65_HS1-834228961_62-HQ-83894_Section_10
Agency: FBI
Page 132
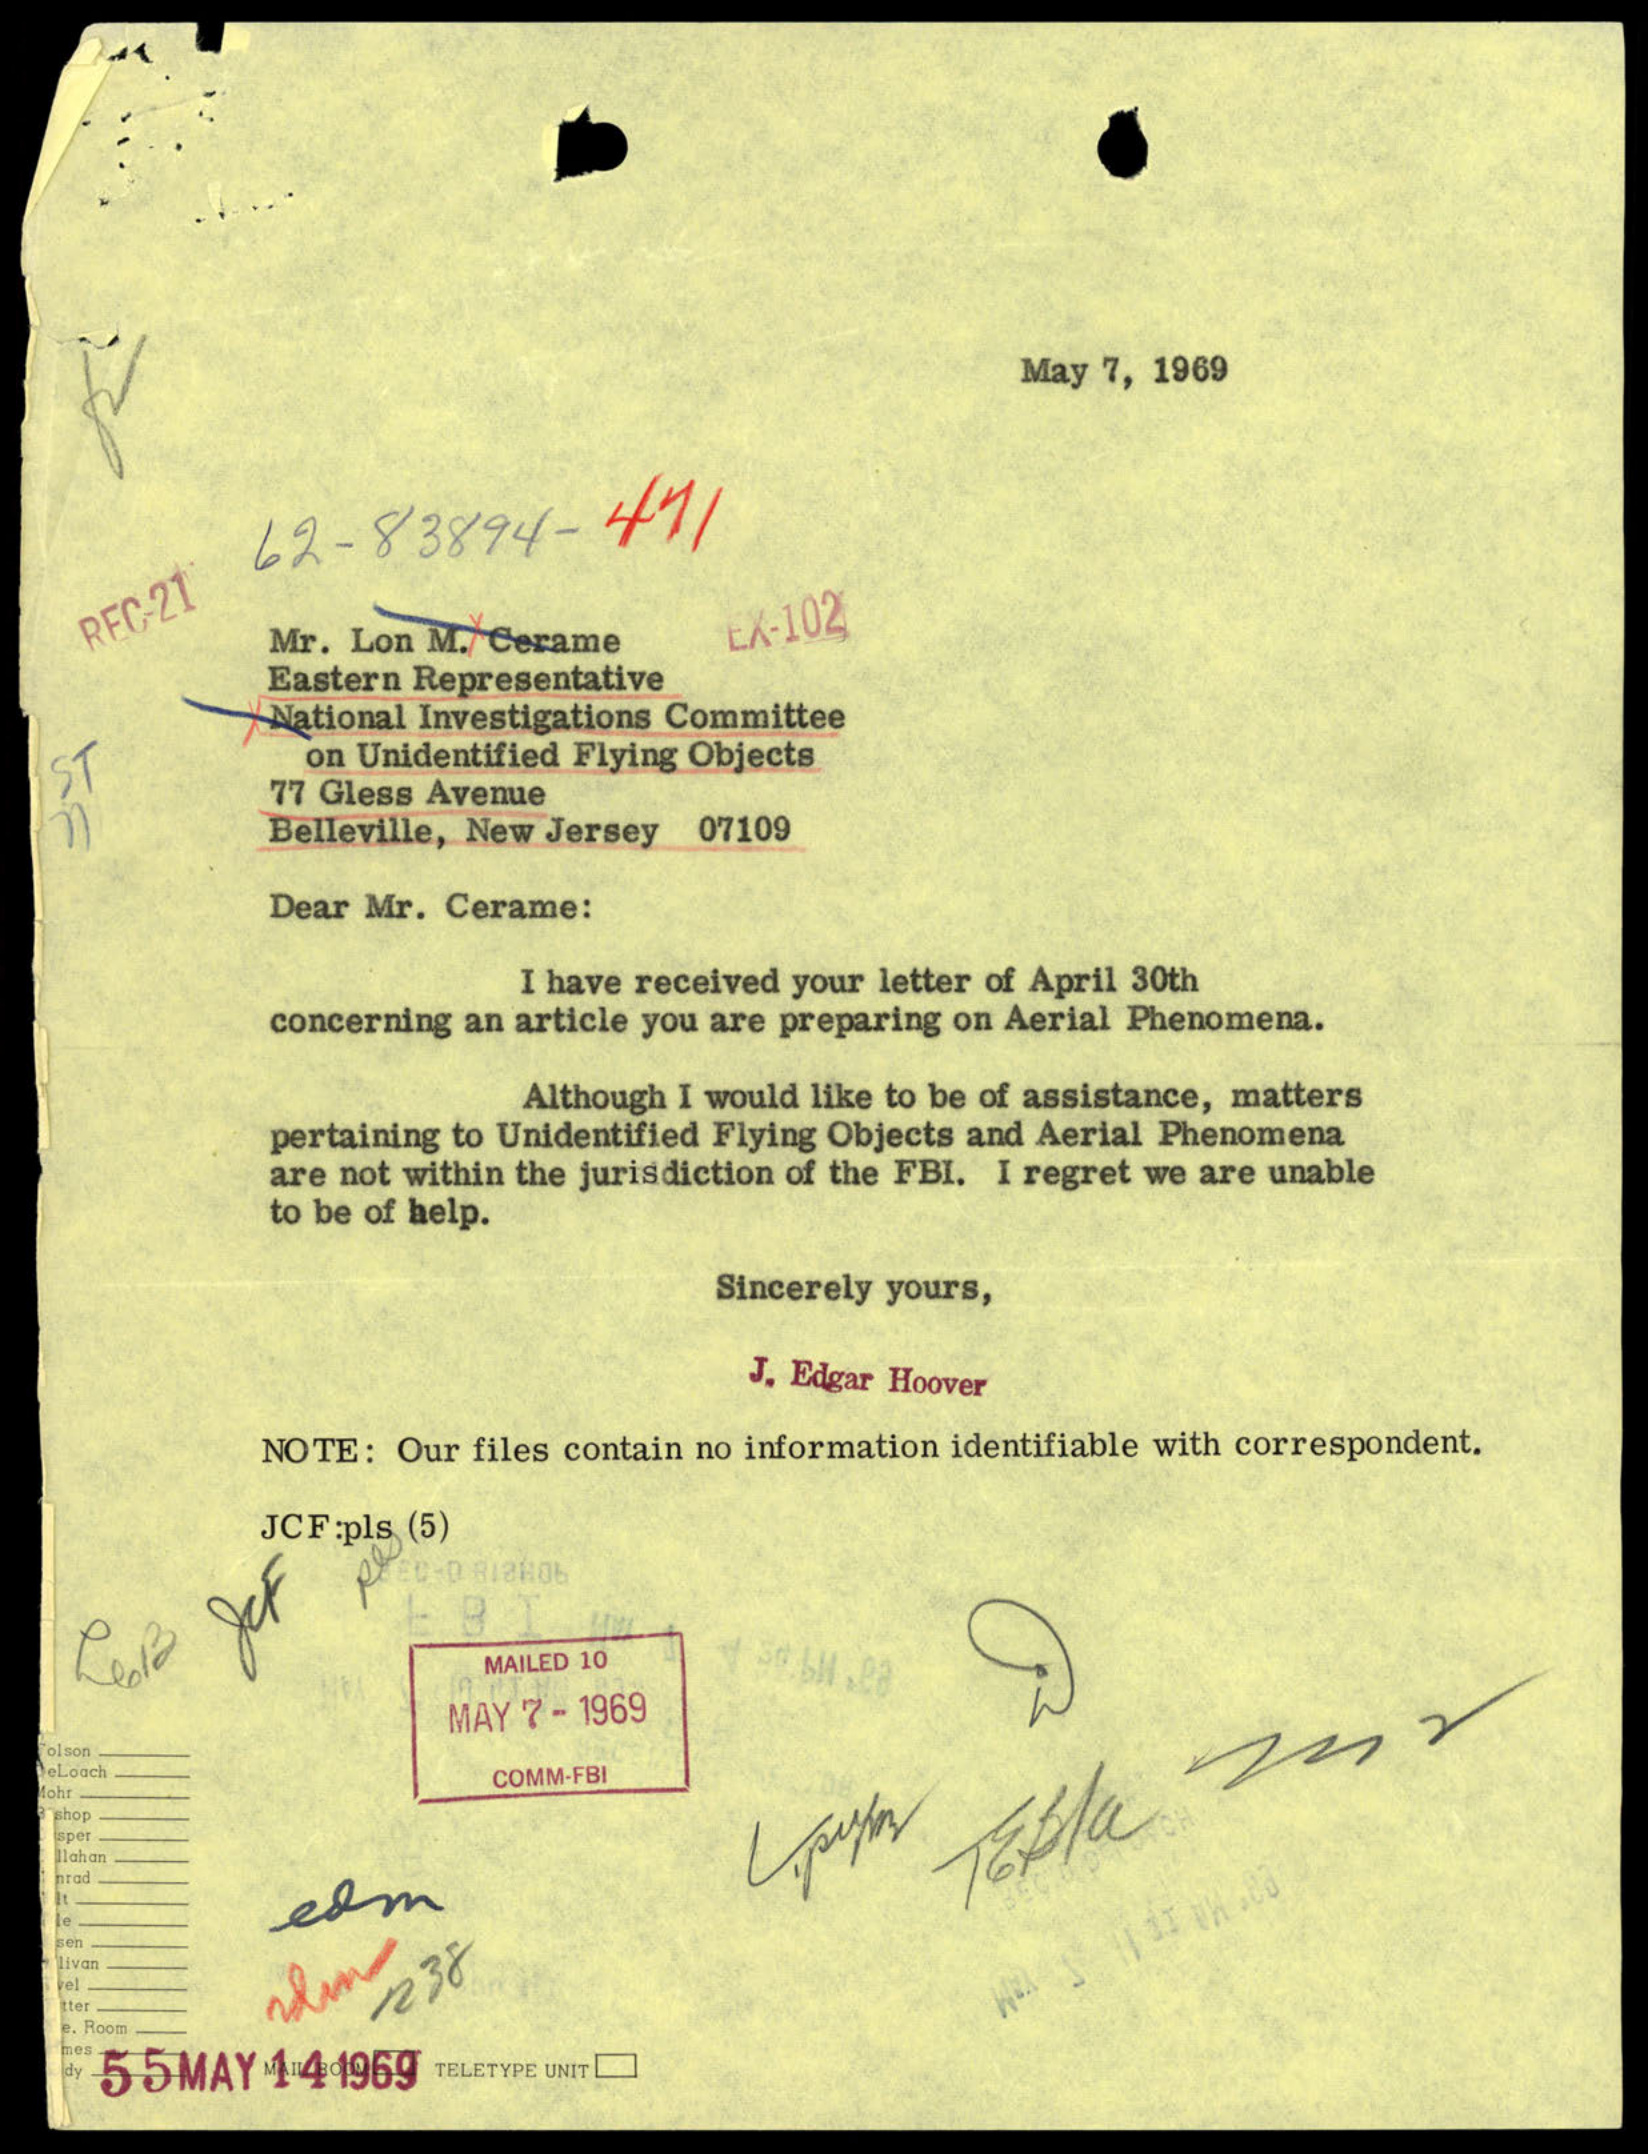